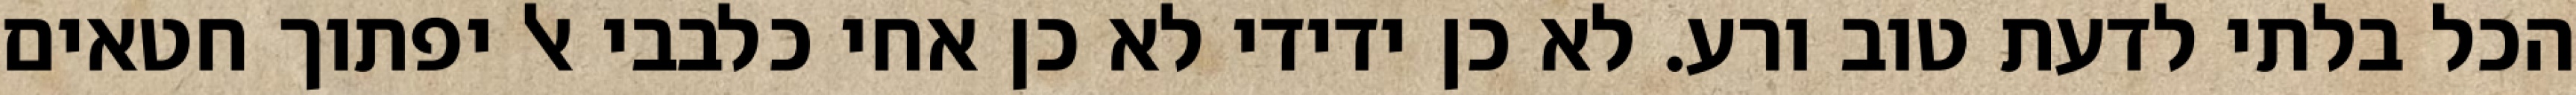
הכל בלתי לדעת טוב ורע. לא כן ידידי לא כן אחי כלבבי אל יפתוך חטאים